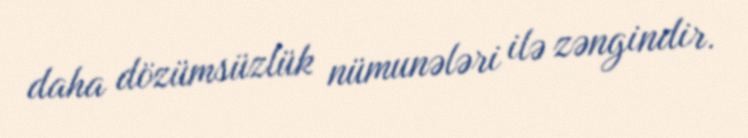
daha dözümsüzlük nümunələri ilə zəngindir.